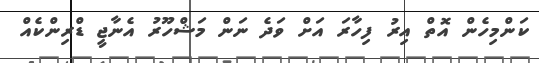
ކަންމިހެން އޮތް އިރު ފިހާރަ އަށް ވަދެ ނަން މަޝްހޫރު އެނާޖީ ޑްރިންކެއް